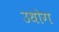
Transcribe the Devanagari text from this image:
उधाेग